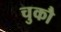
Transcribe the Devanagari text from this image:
चुकौ